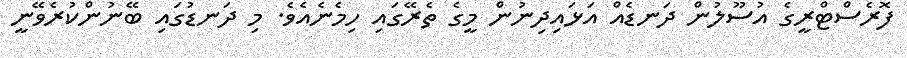
ފޮރެސްޓްރީގެ އުސޫލުން ދަނޑެއް އަޅައިދިނުން މީގެ ތެރޭގައި ހިމެނެއެވެ. މި ދަނޑުގައި ބޭނުންކުރެވޭނީ